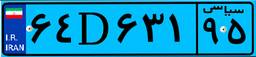
۶۲D۱۳۳۱۱